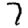
Digit: 7